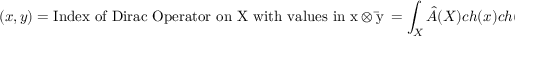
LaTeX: ( x , y ) = \mathrm { I n d e x \ o f \ D i r a c \ O p e r a t o r \ o n \ X \ w i t h \ v a l u e s \ i n \ x \otimes \bar { y } } \, = \int _ { X } \hat { A } ( X ) c h ( x ) c h ( \bar { y } ) .